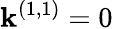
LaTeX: \mathbf{k}^{(1,1)}=0